Report on vaccination in Madras 1904-1921 - 1904-1921
Year: 1904
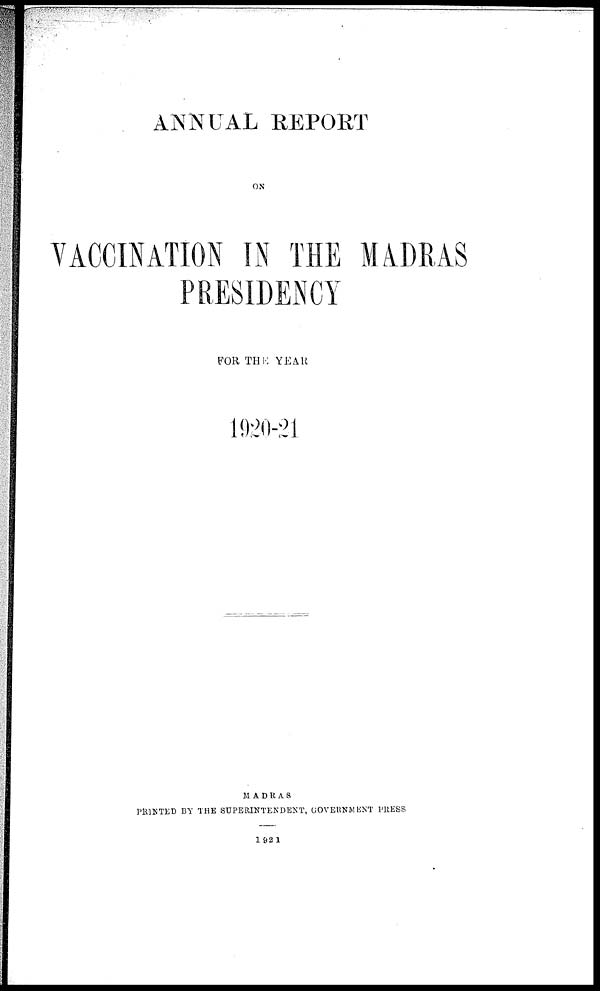
ANNUAL REPORT
ON
VACCINATION IN THE MADRAS
PRESIDENCY
FOR THE YEAR
1920-21
MADRAS
PRINTED BY THE SUPERINTENDENT, GOVERNMENT PRESS
1921